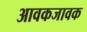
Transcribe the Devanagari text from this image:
आवकजावक